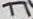
Text: T1